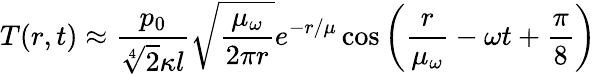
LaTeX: T(r,t)\approx\frac{p_{0}}{\sqrt[4]{2}\kappa l}\sqrt{\frac{\mu_{\omega}}{2\pi r}}e^{-r/\mu}\cos\left(\frac{r}{\mu_{\omega}}-\omega t+\frac{\pi}{8}\right)